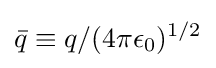
{\bar {q}}\equiv q/(4\pi \epsilon _{0})^{1/2}